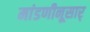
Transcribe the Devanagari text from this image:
मांडणीनूसार्